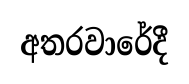
අතරවාරේදී